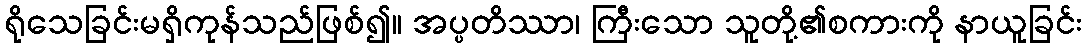
ရိုသေခြင်းမရှိကုန်သည်ဖြစ်၍။ အပ္ပတိဿာ၊ ကြီးသော သူတို့၏စကားကို နာယူခြင်း